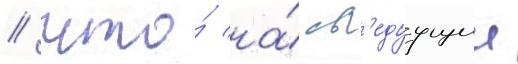
/ что́ на́ сл'едуущии